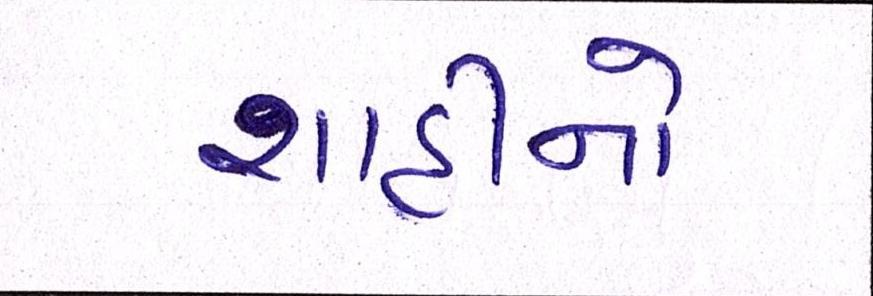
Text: શાહીનો